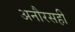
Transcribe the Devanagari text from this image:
अनौरसही